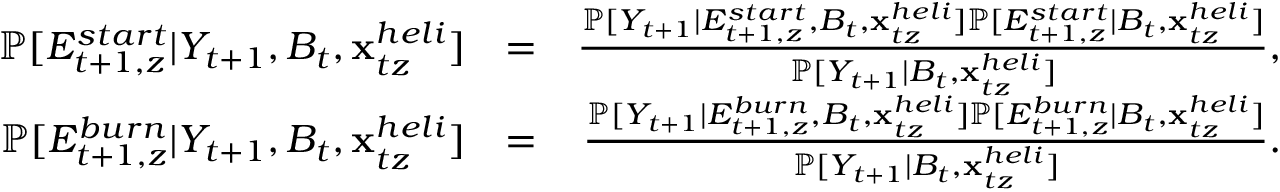
\begin{array} { r l r } { \mathbb P [ E _ { t + 1 , z } ^ { s t a r t } | { \cal Y } _ { t + 1 } , B _ { t } , { \mathbf { x } } _ { t z } ^ { h e l i } ] } & { = } & { \frac { \mathbb P [ { \cal Y } _ { t + 1 } | E _ { t + 1 , z } ^ { s t a r t } , B _ { t } , { \mathbf { x } } _ { t z } ^ { h e l i } ] \mathbb P [ E _ { t + 1 , z } ^ { s t a r t } | B _ { t } , { \mathbf { x } } _ { t z } ^ { h e l i } ] } { \mathbb P [ { \cal Y } _ { t + 1 } | B _ { t } , { \mathbf { x } } _ { t z } ^ { h e l i } ] } , } \\ { \mathbb P [ E _ { t + 1 , z } ^ { b u r n } | { \cal Y } _ { t + 1 } , B _ { t } , { \mathbf { x } } _ { t z } ^ { h e l i } ] } & { = } & { \frac { \mathbb P [ { \cal Y } _ { t + 1 } | E _ { t + 1 , z } ^ { b u r n } , B _ { t } , { \mathbf { x } } _ { t z } ^ { h e l i } ] \mathbb P [ E _ { t + 1 , z } ^ { b u r n } | B _ { t } , { \mathbf { x } } _ { t z } ^ { h e l i } ] } { \mathbb P [ { \cal Y } _ { t + 1 } | B _ { t } , { \mathbf { x } } _ { t z } ^ { h e l i } ] } . } \end{array}